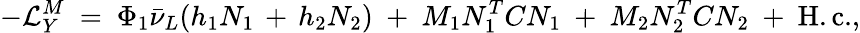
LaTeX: -{\cal L}_{Y}^{M}\ =\ \Phi_{1}\bar{\nu}_{L}(h_{1}N_{1}\, +\, h_{2}N_{2})\ +\ M_{1}N_{1}^{T}CN_{1}\ +\ M_{2}N_{2}^{T}CN_{2}\ +\ \mathrm{H.c.},